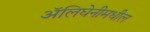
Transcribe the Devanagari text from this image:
ॲलिघेनीमधील